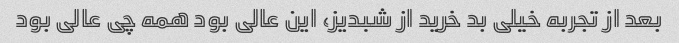
بعد از تجربه خیلی بد خرید از شبدیز، این عالی بود همه چی عالی بود